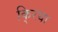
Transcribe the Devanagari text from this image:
कि्रया